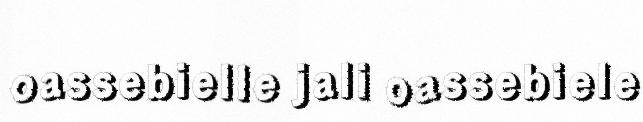
oassebielle jali oassebiele